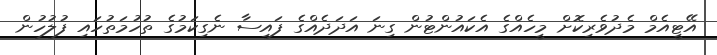
އޭޓީއެމް މެދުވެރިކޮށް މީހެއްގެ އެކައުންޓުން ގިނަ އަދަދެއްގެ ފައިސާ ނެގިކަމުގެ ތުހުމަތުހައި ފުލުހުން